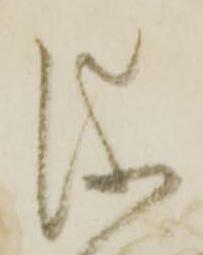
儀